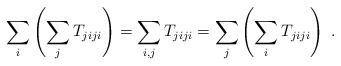
LaTeX: \begin{align*}\sum_i\left(\sum_jT_{jiji}\right)=\sum_{i,j} T_{jiji} = \sum_j\left(\sum_iT_{jiji}\right)\;.\end{align*}